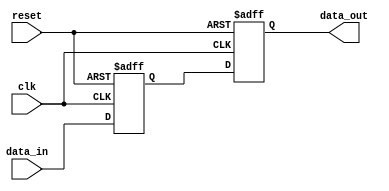
module sequential_logic (
    input wire clk,          // Clock input
    input wire reset,        // Asynchronous reset
    input wire data_in,      // Input data signal
    output reg data_out      // Output data signal
);

// Internal signal declaration
reg internal_signal;

// Initialization of signals
initial begin
    data_out = 1'b0;        // Default state for output
    internal_signal = 1'b0; // Default state for internal signal
end

// Sequential logic block
always @(posedge clk or posedge reset) begin
    if (reset) begin
        // Asynchronous reset
        data_out <= 1'b0;   // Reset output
        internal_signal <= 1'b0; // Reset internal signal
    end else begin
        // Update output based on input
        internal_signal <= data_in; // Capture input on clock edge
        data_out <= internal_signal; // Update output with internal signal
    end
end

endmodule